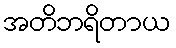
အတိဘရိတာယ